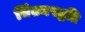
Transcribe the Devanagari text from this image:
चिंतनपद्धति